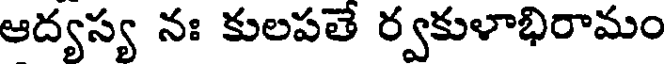
ఆద్యస్య నః కులపతే ర్వకుళాభిరామం